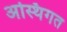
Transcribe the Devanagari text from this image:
अस्थिगत